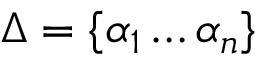
\Delta = \{ \alpha _ { 1 } \ldots \alpha _ { n } \}